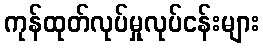
ကုန်ထုတ်လုပ်မှုလုပ်ငန်းများ